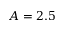
A = 2 . 5